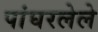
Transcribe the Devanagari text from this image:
पांघरलेले